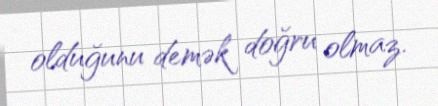
olduğunu demək doğru olmaz.